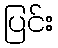
ပြင်း